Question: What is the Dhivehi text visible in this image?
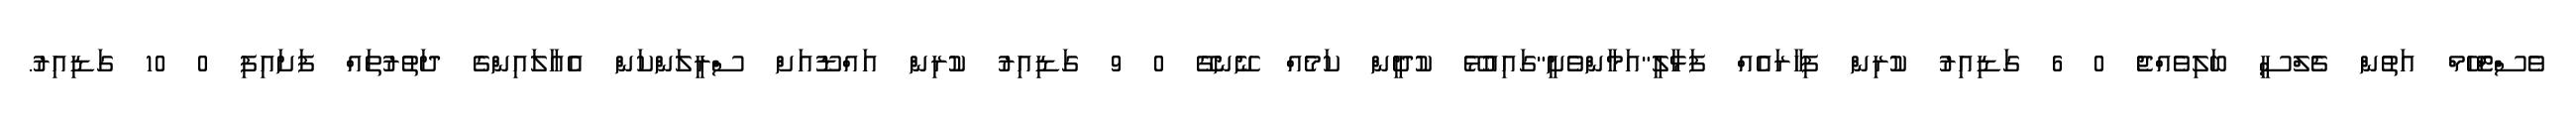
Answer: ވެސްޓްހޭމް އަތުން ޗެލްސީ ބަލިވެއްޖެ 0 6 ގަޑިއިރު ކުރިން ފިހާރައެއް ފަޅާލީ"އަމާންވެށީ"ގައިއުޅޭ ކުދީން ކަމެއް ނޭނގޭ 0 9 ގަޑިއިރު ކުރިން އައްޑޫއަށް ސްރީލަންކަން އެއާލައިންގެ ދަތުރުތައް ފަށައިފި 0 10 ގަޑިއިރު.